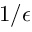
1 / \epsilon